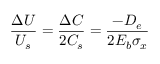
\frac { \Delta U } { U _ { s } } = \frac { \Delta C } { 2 C _ { s } } = \frac { - D _ { e } } { 2 E _ { b } \sigma _ { x } }